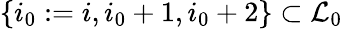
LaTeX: \{ i_{0}:=i,i_{0}+1,i_{0}+2\} \subset\mathcal{L}_{0}